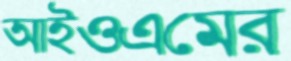
আইওএমের